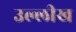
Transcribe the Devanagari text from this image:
उल्लीख